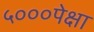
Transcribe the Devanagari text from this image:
५०००पेक्षा